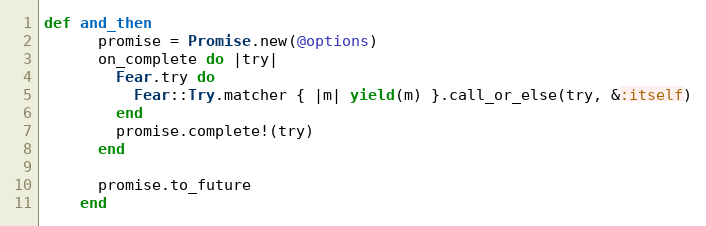
Language: Ruby
def and_then
      promise = Promise.new(@options)
      on_complete do |try|
        Fear.try do
          Fear::Try.matcher { |m| yield(m) }.call_or_else(try, &:itself)
        end
        promise.complete!(try)
      end

      promise.to_future
    end